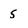
Character: s